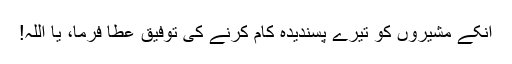
انکے مشیروں کو تیرے پسندیدہ کام کرنے کی توفیق عطا فرما، یا اللہ!